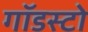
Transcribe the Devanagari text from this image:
गॉडस्टो